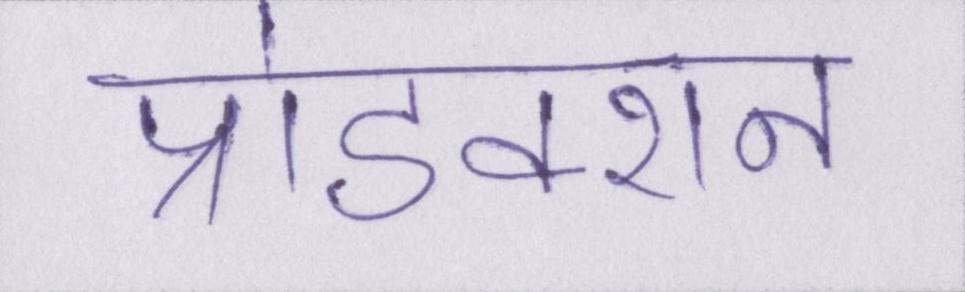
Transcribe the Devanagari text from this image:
प्रोडक्शन